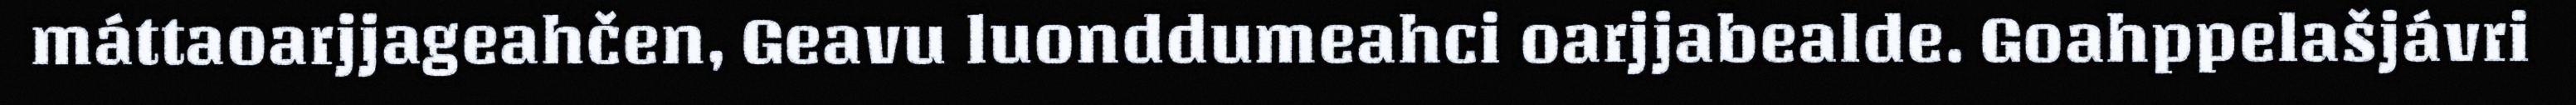
máttaoarjjageahčen, Geavu luonddumeahci oarjjabealde. Goahppelašjávri